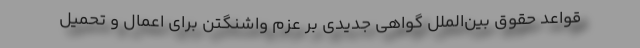
قواعد حقوق بین‌الملل گواهی جدیدی بر عزم واشنگتن برای اعمال و تحمیل